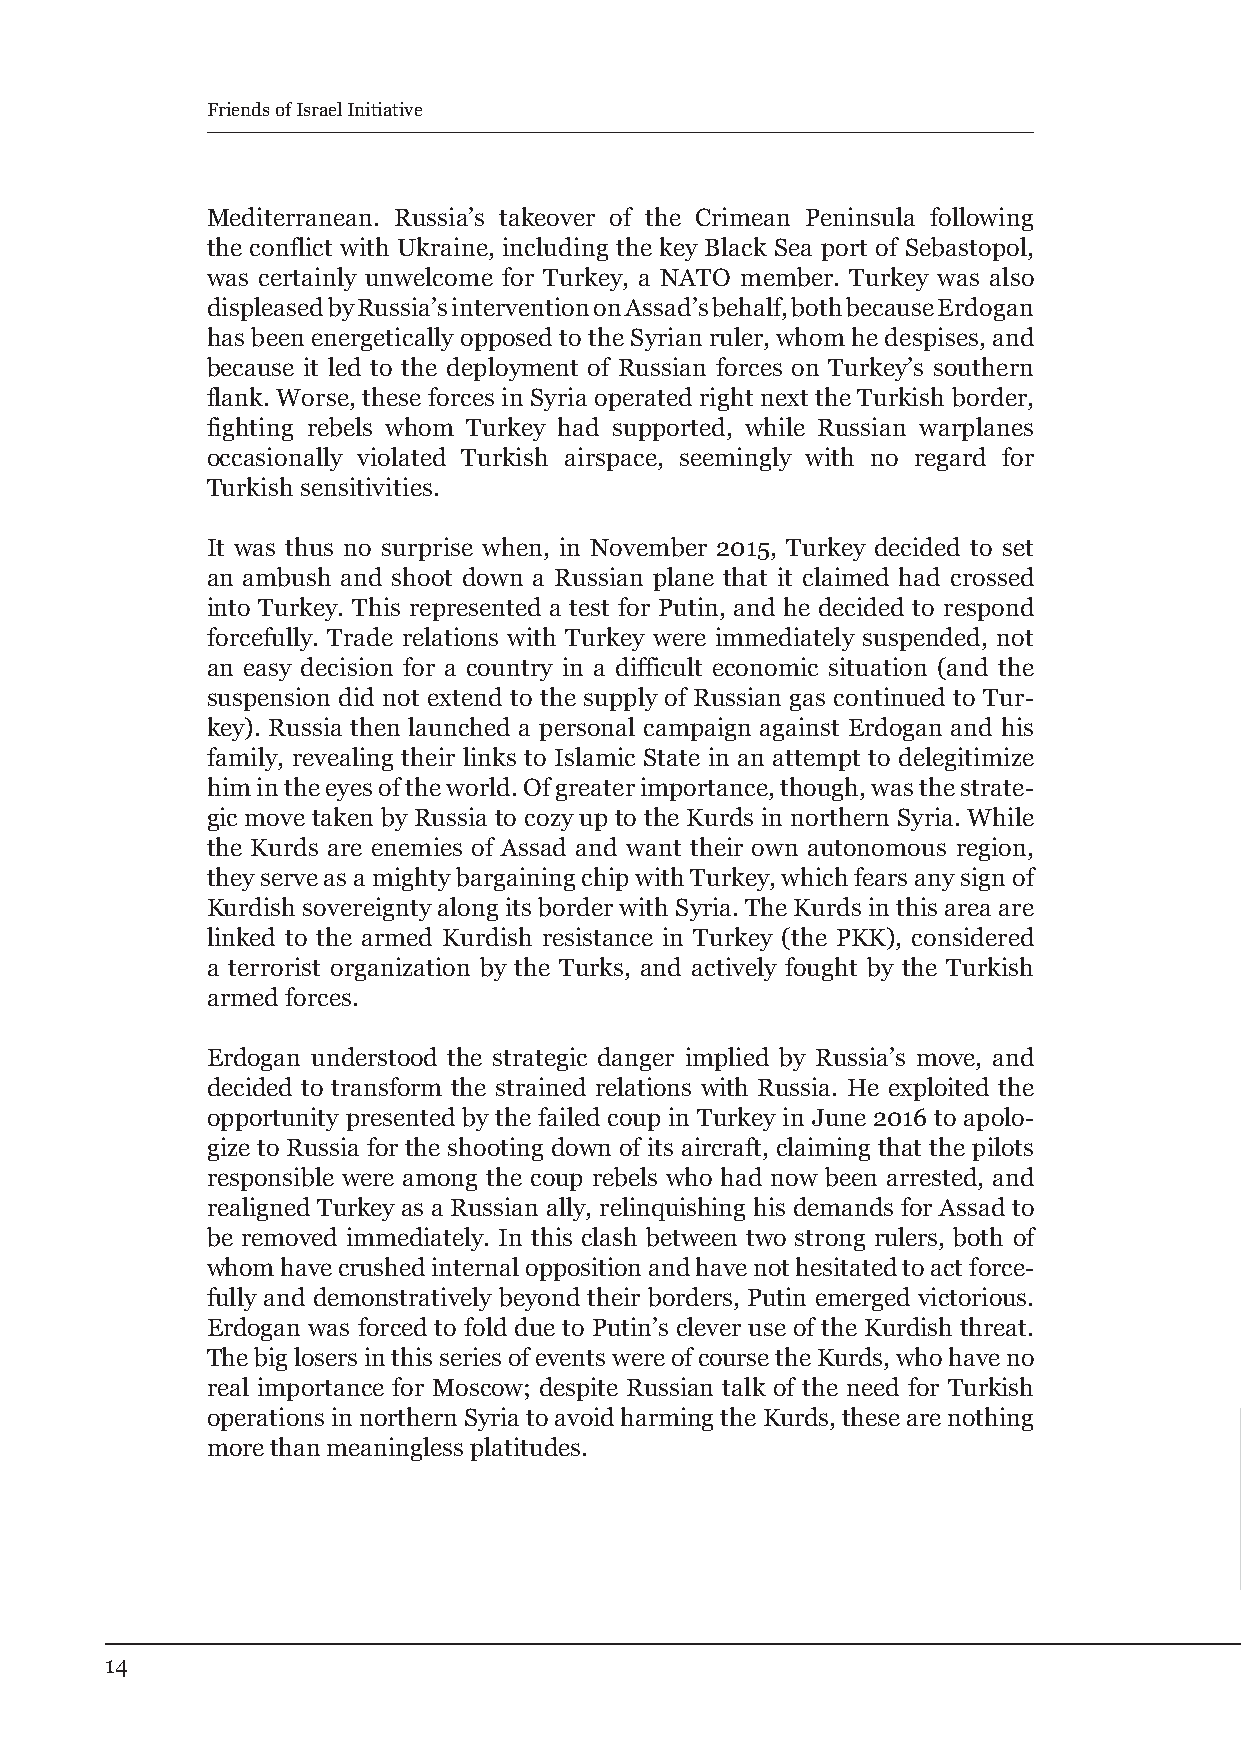
Friends of Israel Initiative
 Mediterranean. Russia’s takeover of the Crimean Peninsula following
 the conflict with Ukraine, including the key Black Sea port of Sebastopol,
 was certainly unwelcome for Turkey, a NATO member. Turkey was also
 displeased by Russia’s intervention on Assad’s behalf, both because Erdogan
 has been energetically opposed to the Syrian ruler, whom he despises, and
 because it led to the deployment of Russian forces on Turkey’s southern
 flank. Worse, these forces in Syria operated right next the Turkish border,
 fighting rebels whom Turkey had supported, while Russian warplanes
 occasionally violated Turkish airspace, seemingly with no regard for
 Turkish sensitivities.
 It was thus no surprise when, in November 2015, Turkey decided to set
 an ambush and shoot down a Russian plane that it claimed had crossed
 into Turkey. This represented a test for Putin, and he decided to respond
 forcefully. Trade relations with Turkey were immediately suspended, not
 an easy decision for a country in a difficult economic situation (and the
 suspension did not extend to the supply of Russian gas continued to Tur-
 key). Russia then launched a personal campaign against Erdogan and his
 family, revealing their links to Islamic State in an attempt to delegitimize
 him in the eyes of the world. Of greater importance, though, was the strate-
 gic move taken by Russia to cozy up to the Kurds in northern Syria. While
 the Kurds are enemies of Assad and want their own autonomous region,
 they serve as a mighty bargaining chip with Turkey, which fears any sign of
 Kurdish sovereignty along its border with Syria. The Kurds in this area are
 linked to the armed Kurdish resistance in Turkey (the PKK), considered
 a terrorist organization by the Turks, and actively fought by the Turkish
 armed forces.
 Erdogan understood the strategic danger implied by Russia’s move, and
 decided to transform the strained relations with Russia. He exploited the
 opportunity presented by the failed coup in Turkey in June 2016 to apolo-
 gize to Russia for the shooting down of its aircraft, claiming that the pilots
 responsible were among the coup rebels who had now been arrested, and
 realigned Turkey as a Russian ally, relinquishing his demands for Assad to
 be removed immediately. In this clash between two strong rulers, both of
 whom have crushed internal opposition and have not hesitated to act force-
 fully and demonstratively beyond their borders, Putin emerged victorious.
 Erdogan was forced to fold due to Putin’s clever use of the Kurdish threat.
 The big losers in this series of events were of course the Kurds, who have no
 real importance for Moscow; despite Russian talk of the need for Turkish
 operations in northern Syria to avoid harming the Kurds, these are nothing
 more than meaningless platitudes.
 14